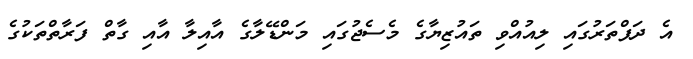
އެ ދަފްތަރުގައި ލިއުއްވި ތައުޒިޔާގެ މެސެޖުގައި މަންޑޭލާގެ އާއިލާ އާއި ގާތް ފަރާތްތަކުގެ